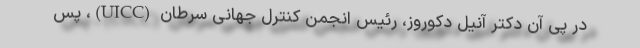
در پی آن دکتر آنیل دکوروز، رئیس انجمن کنترل جهانی سرطان (UICC)، پس